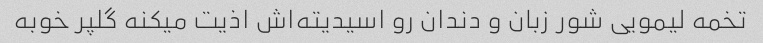
تخمه لیمویی شور زبان و دندان رو اسیدیته‌اش اذیت میکنه گلپر خوبه